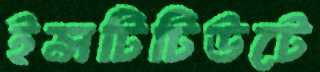
ইন্সটিটিউটে